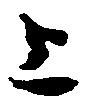
上